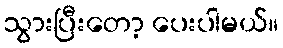
သွားပြီးတော့ ပေးပါမယ်။